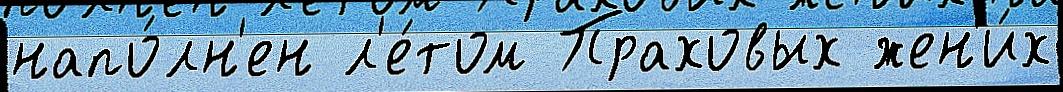
напо́лн'ен л'е́том Праховых жен'и́х